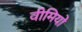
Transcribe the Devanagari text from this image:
वीमियो